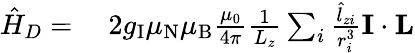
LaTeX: \begin{array}{rl}{{\hat{H}}_{D}={}}&{{}2g_{\mathrm{I}}\mu_{\mathrm{N}}\mu_{\mathrm{B}}{\frac{\mu_{0}}{4\pi}}{\frac{1}{L_{z}}}\sum_{i}{\frac{{\hat{l}}_{zi}}{r_{i}^{3}}}\mathbf{I}\cdot\mathbf{L}}\end{array}